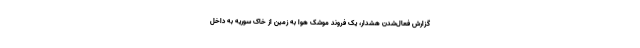
گزارش فعال‌شدن هشدار، یک فروند موشک هوا به زمین از خاک سوریه به داخل